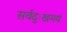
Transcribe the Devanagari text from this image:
सर्वदुःखमयं